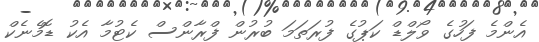
އެންމެ ފަހުގެ ވޯލްޑް ކަޕުގެ ފުރަތަމަ ބުރުން ފްރާންސް ކެޓުމާ އެކު ޑޮމެނެކް